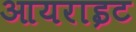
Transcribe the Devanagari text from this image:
आयराइट